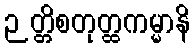
ဉတ္တိစတုတ္ထကမ္မာနိ